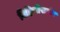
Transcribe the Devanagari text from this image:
विहिणींसमोर